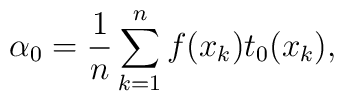
\alpha _{0}=\frac{1}{n}\sum ^{n}_{k=1}f(x_{k})t_{0}(x_{k}),